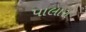
પાલારા